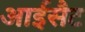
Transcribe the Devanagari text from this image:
आईसैट